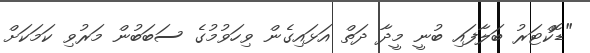
"ޑޮކްޓަރު ބަލާފައި ބުނީ މީދާ ދަތް އަޅައިގެން ވިހަވުމުގެ ސަބަބުން މަރުވި ކަމަކަށް